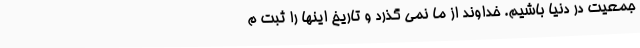
جمعیت در دنیا باشیم. خداوند از ما نمی گذرد و تاریخ اینها را ثبت م